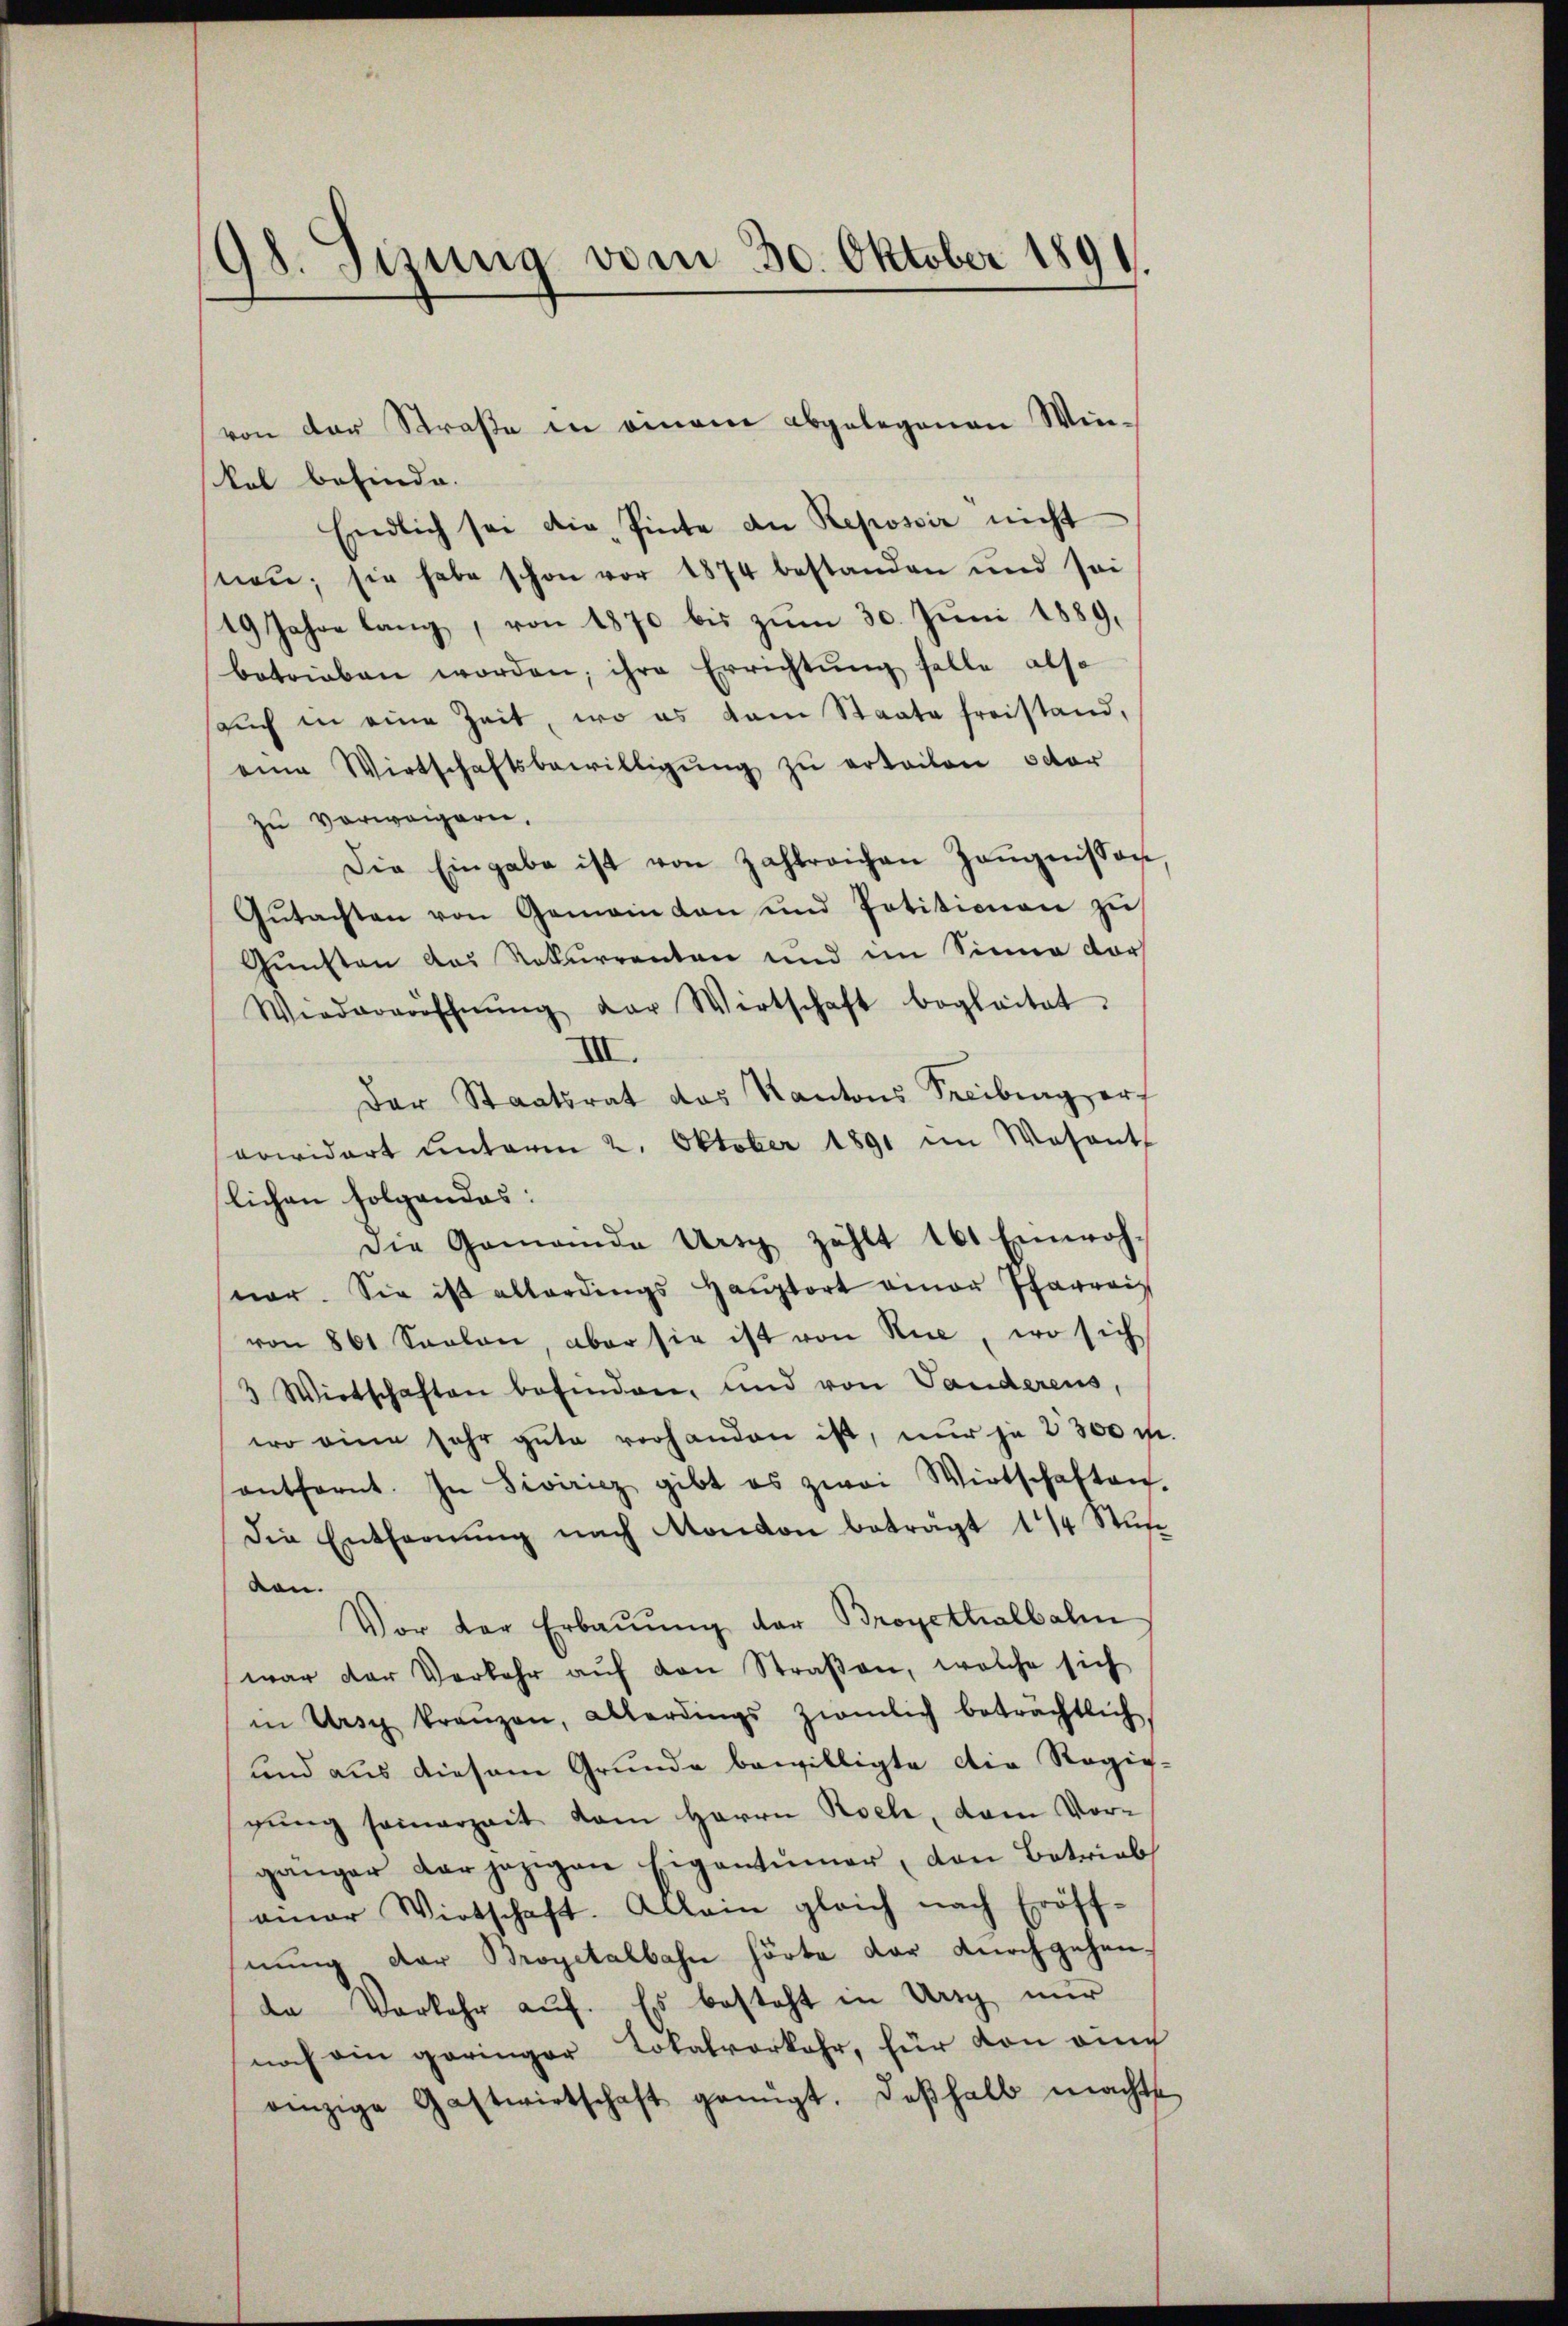
98. Sitzung vom 30. Oktober 1891.

kal befinde.
Endlich sei die Pinte an Repossir nicht
nen; sie habe schon vor 1874 bestanden und sei
19 Jahre lang, von 1870 bis zum 30. Juni 1889.
betrieben worden, ihre Errichtung solle also
aŭch in eine Zeit, wo es kam Staate freistand,
eine Wirtschaftsbewilligŭng zŭ erteilen octor
zu verweigern.
Die Eingabe ist von Zahlreichen Zeŭgnissen
Gŭtachten von Gemeinden und Petitionen zŭ
Gunsten das Rekurrenten und im Sinne dor
Wiedereröffnŭng der Wirtschaft begleitet.
III.
Der Staatsrat das Kantons Freiberg erf
vowidert ŭnterm 2. Oktober 1891 im Wesent
lichen Folgendes:
Die Gemeinde Ursy zählt 161 Einwoh-
var. Sie ist allerdings Haŭptort einer Pfarreis
von 861 Saalen, aber sie ist von Nie, wo sich
3 Wirtschaften befinden, und von Vanderens,
wo eine sehr gute vorhanden ist, nur je 3300 m
entfernt. In Siviricz gibt es zwai Wirtschaften.
Die Entfernŭng nach Mondon beträgt 1/4 Stŭn
von.
Vor der Erbaŭŭng der Broyethalbalen
war der Verkehr aŭf den Straßen, welche sich
in Ursch kranzen, Allerdings ziemlich beträchtlich
und aus diesem Grunde bewilligte die Regig-
gung somerzeit dem Herrn Roch, dem Vorgänger der jezigen Eigentümer, den Betrieb
amar Wirtschaft. Allein gleich nach Eröff-
nung der Brogitalbahn hörte dar Durchgehen-
da Vorkehr auf. Es besteht in Ursy nur
noch ein geringer Lokalverkehr, für von auch
einzige Gastwirtschaft genügt. Daβhalb machte

von der Straße in einem abgelegenen Win-

3